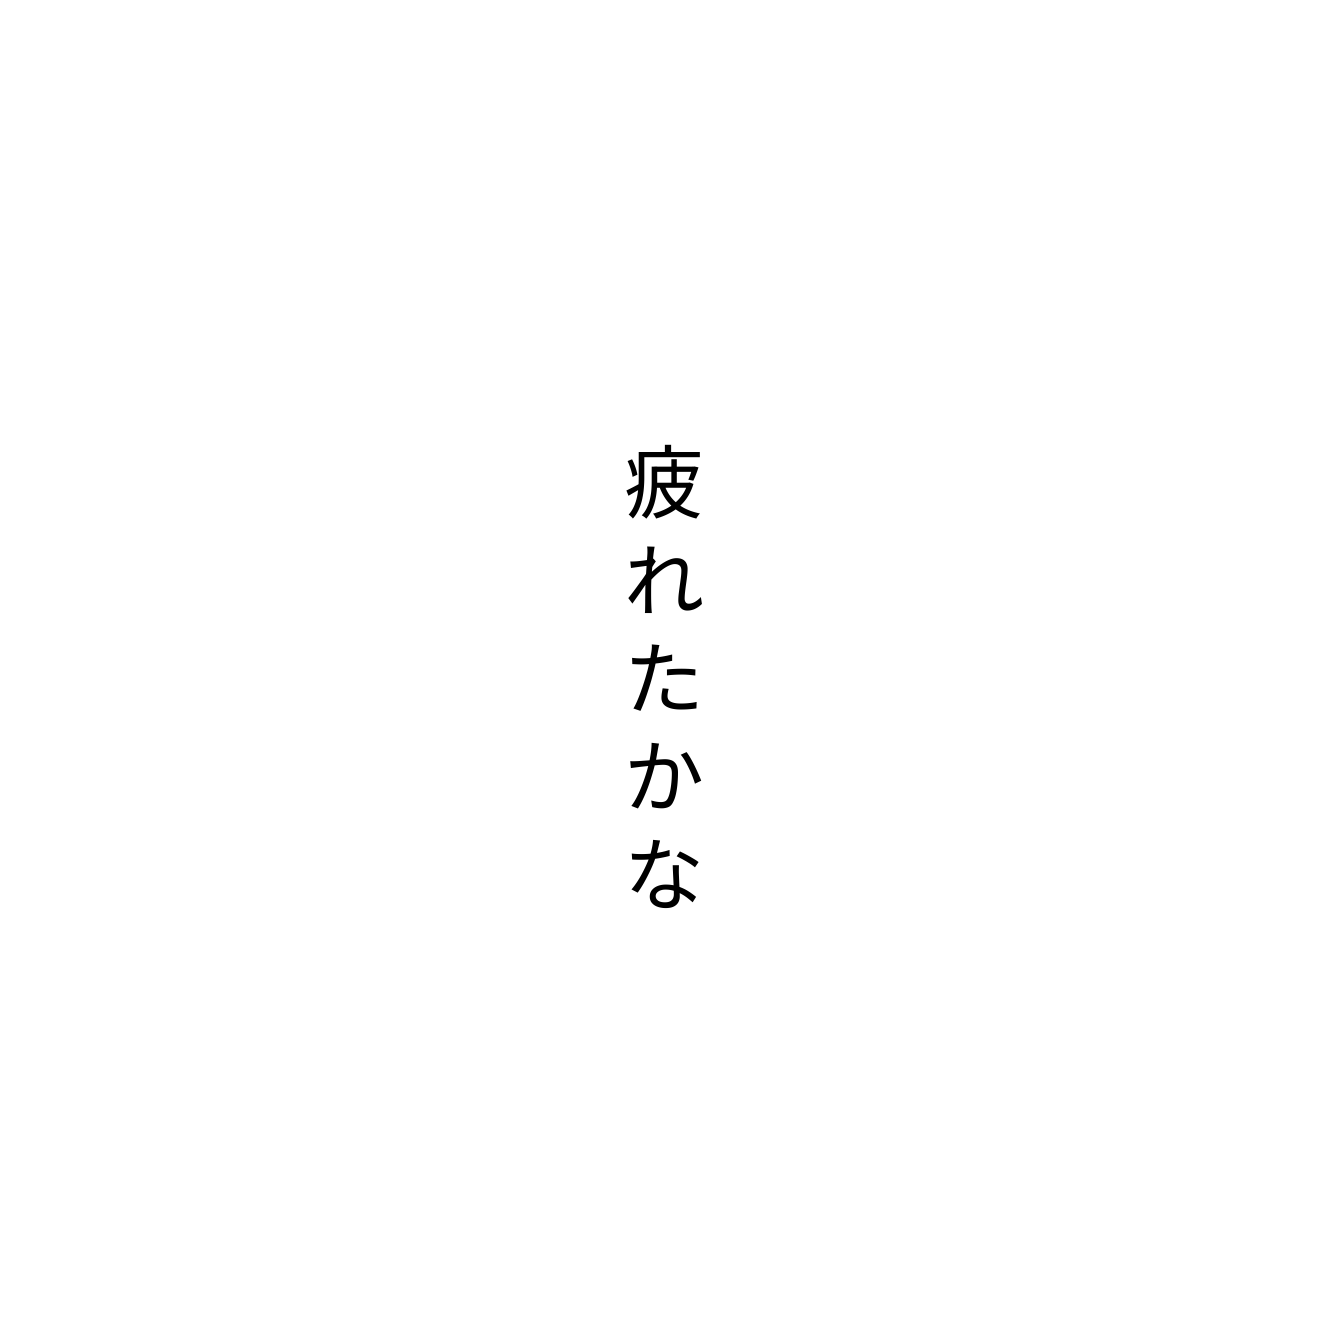
疲れたかな